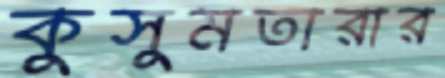
কুসুমতারার